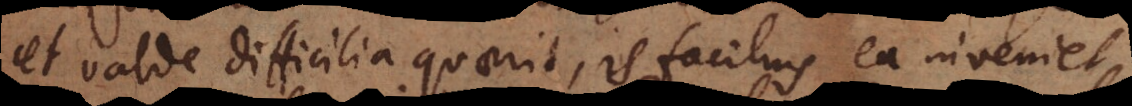
et valde difficilia quaerit, is facilius ea inveniet